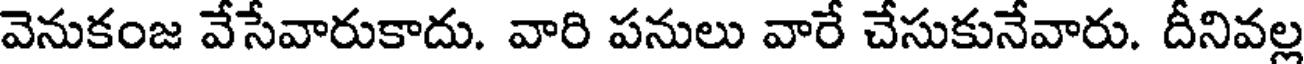
వెనుకంజ వేసేవారుకాదు. వారి పనులు వారే చేసుకునేవారు. దీనివల్ల